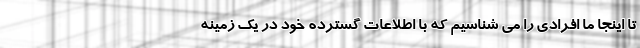
تا اینجا ما افرادی را می شناسیم که با اطلاعات گسترده خود در یک زمینه